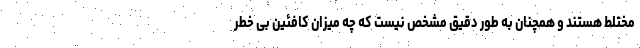
مختلط هستند و همچنان به طور دقیق مشخص نیست که چه میزان کافئین بی خطر